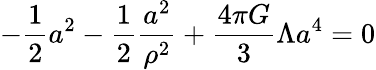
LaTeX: -{\frac{1}{2}}a^{2}-{\frac{1}{2}}{\frac{a^{2}}{\rho^{2}}}+{\frac{4\pi G}{3}}\Lambda a^{4}=0